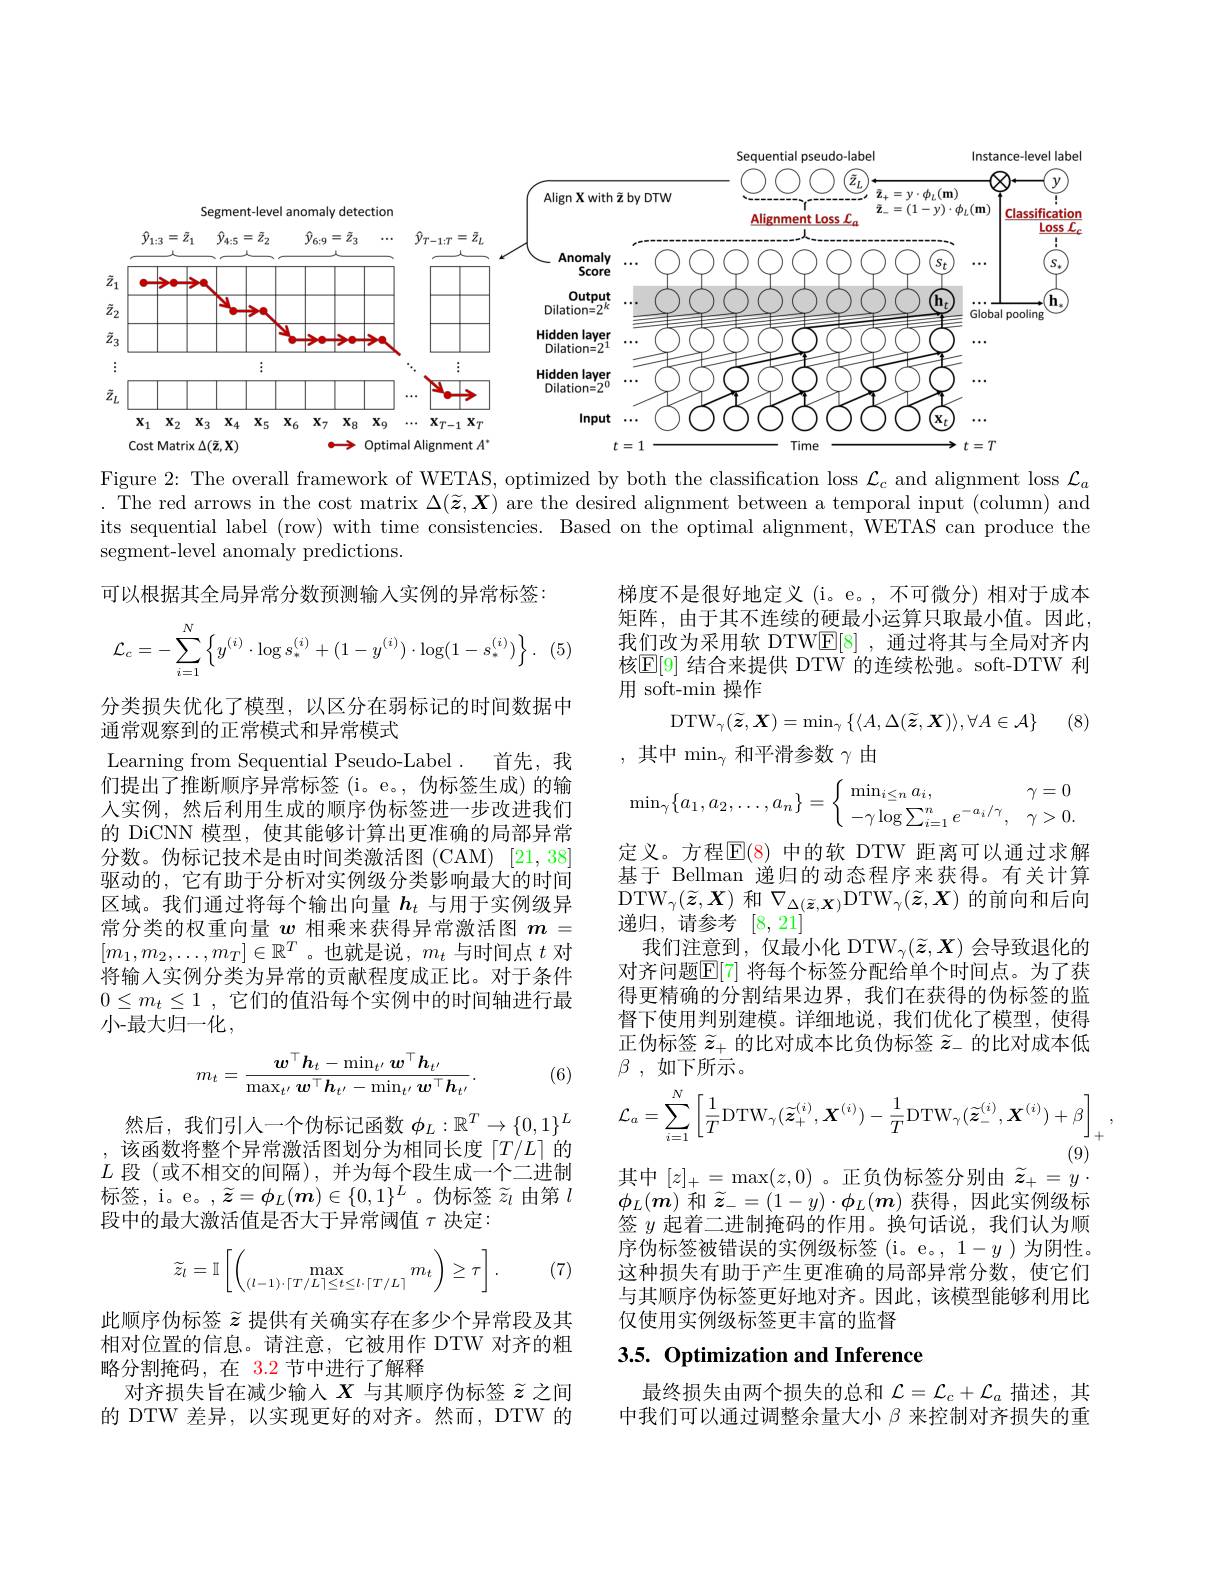
<FigureHere>

Figure 2: The overall framework of WETAS, optimized by both the classification loss $\mathcal{L}_c$ and alignment loss $\mathcal{L}_a$ . The red arrows in the cost matrix $\Delta(\widetilde{\boldsymbol{z}},\boldsymbol{X})$ are the desired alignment between a temporal input (column) and its sequential label (row) with time consistencies. Based on the optimal alignment, WETAS can produce the segment-level anomaly predictions.

可以根据其全局异常分数预测输入实例的异常标签：

梯度不是很好地定义(i。e。,不可微分)相对于成本矩阵，由于其不连续的硬最小运算只取最小值。因此， 我们改为采用软 DTWE[8] ,通过将其与全局对齐内核$\mathbb{E}[9]$ 结合来提供 DTW 的连续松弛。soft-DTW 利用 soft-min 操作
$$\mathcal{L}_c=-\sum_{i=1}^N\left\{y^{(i)}\cdot\log s_*^{(i)}+(1-y^{(i)})\cdot\log(1-s_*^{(i)})\right\}.$$
(5)

(8)
$$\mathrm{DTW}_{\gamma}(\widetilde{\boldsymbol{z}},\boldsymbol{X})=\min_{\gamma}\left\{\langle A,\Delta(\widetilde{\boldsymbol{z}},\boldsymbol{X})\rangle,\forall A\in\mathcal{A}\right\}$$
,其中$\operatorname*{min}_\gamma$和平滑参数$\gamma$由
$$\min_\gamma\{a_1,a_2,\dots,a_n\}=\left\{\begin{array}{lr}\min_{i\leq n}a_i,&\gamma=0\\-\gamma\log\sum_{i=1}^ne^{-a_i/\gamma},&\gamma>0.\end{array}\right.$$
分类损失优化了模型，以区分在弱标记的时间数据中
通常观察到的正常模式和异常模式
Learning from Sequential Pseudo-Label . 首先，我们提出了推断顺序异常标签(i。e。,伪标签生成)的输人实例，然后利用生成的顺序伪标签进一步改进我们的 DiCNN 模型，使其能够计算出更准确的局部异常分数。伪标记技术是由时间类激活图(CAM)[21,38] 驱动的，它有助于分析对实例级分类影响最大的时间区域。我们通过将每个输出向量$h_t$与用于实例级异常分类的权重向量$w$相乘来获得异常激活图$m=$ $[m_1,m_2,\ldots,m_T]\in\mathbb{R}^T$。也就是说，$m_t$与时间点$t$对将输入实例分类为异常的贡献程度成正比。对于条件$0\leq m_t\leq 1$ , 它们的值沿每个实例中的时间轴进行最小-最大归一化，
$$m_{t}=\frac{w^{\top}h_{t}-\min_{t^{\prime}}w^{\top}h_{t^{\prime}}}{\max_{t^{\prime}}\boldsymbol{w}^{\top}\boldsymbol{h}_{t^{\prime}}-\min_{t^{\prime}}\boldsymbol{w}^{\top}\boldsymbol{h}_{t^{\prime}}}.$$
(6)

定义。方程$\overline{\mathbb{E}}(8)$ 中的软 DTW 距离可以通过求解基于 Bellman 递归的动态程序来获得。有关计算$\mathrm{\overline{D}TW}_{\gamma}(\widetilde{\boldsymbol{z}},\boldsymbol{X})$ 和$\nabla_\Delta(\widetilde{\boldsymbol{z}},\boldsymbol{X})$DTW$_\gamma(\widetilde{\boldsymbol{z}},\boldsymbol{X})$ 的前向和后向递归，请参考[8,21]
我们注意到，仅最小化 DTW$_\gamma(\widetilde{\boldsymbol{z}},\boldsymbol{X})$会导致退化的对齐问题$\mathbb{E}[7]$ 将每个标签分配给单个时间点。为了获得更精确的分割结果边界，我们在获得的伪标签的监督下使用判别建模。详细地说，我们优化了模型，使得正伪标签$\widetilde{z}_+$的比对成本比负伪标签$\widetilde{z}_-$的比对成本低$\beta$ , $如 下 所 示 $。
$$\mathcal{L}_{a}=\sum_{i=1}^{N}\left[\frac{1}{T}\mathrm{DTW}_{\gamma}(\widetilde{\boldsymbol{z}}_{+}^{(i)},\boldsymbol{X}^{(i)})-\frac{1}{T}\mathrm{DTW}_{\gamma}(\widetilde{\boldsymbol{z}}_{-}^{(i)},\boldsymbol{X}^{(i)})+\beta\right]_{+},$$
其中$[z]_+=\max(z,0)$。正负伪标签分别由$\widetilde{\boldsymbol{z}}_+=y\cdot$ $\phi_L(\boldsymbol{m})$和$\widetilde{z}_-=(1-y)\cdot\boldsymbol{\phi}_L(\boldsymbol{m})$获得，因此实例级标签$y$起着二进制掩码的作用。换句话说，我们认为顺序伪标签被错误的实例级标签(i。e。,1-y)为阴性。这种损失有助于产生更准确的局部异常分数，使它们与其顺序伪标签更好地对齐。因此，该模型能够利用比仅使用实例级标签更丰富的监督

然后，我们引人一个伪标记函数$\phi_L:\mathbb{R}^T\to\{0,1\}^L$ 该函数将整个异常激活图划分为相同长度$\lceil T/L\rceil$的
$L$段 (或不相交的间隔),并为每个段生成一个二进制标签，i。e。, $\widetilde{\boldsymbol{z}}=\boldsymbol{\phi}_L(\boldsymbol{m})\in\{0,1\}^L$。伪标签$\widetilde{z}_l$由第$l$ 段中的最大激活值是否大于异常阈值$\tau$决定：

(7)
$$\widetilde{z}_l=\mathbb{I}\left[\left(\max_{(l-1)\cdot\lceil T/L\rceil\leq t\leq l\cdot\lceil T/L\rceil}m_t\right)\geq\tau\right].$$
# 3.5. Optimization and Inference

此顺序伪标签$\widetilde{z}$提供有关确实存在多少个异常段及其相对位置的信息。请注意，它被用作 DTW 对齐的粗略分割掩码，在 3.2 节中进行了解释
对齐损失旨在减少输入$X$与其顺序伪标签$\widetilde{z}$之间的 DTW 差异，以实现更好的对齐。然而，DTW 的

最终损失由两个损失的总和$\mathcal{L}=\mathcal{L}_c+\mathcal{L}_a$描述，其中我们可以通过调整余量大小$\beta$来控制对齐损失的重